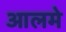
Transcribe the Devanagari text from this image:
आलमे